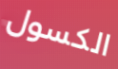
الكسول